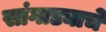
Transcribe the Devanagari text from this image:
सांगाड्याचे